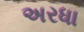
અરધા